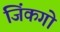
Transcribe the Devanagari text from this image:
जिंकगो